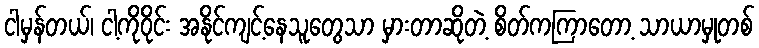
ငါမှန်တယ်၊ ငါ့ကိုဝိုင်း အနိုင်ကျင့်နေသူတွေသာ မှားတာဆိုတဲ့ စိတ်ကကြာတော့ သာယာမှုတစ်